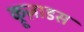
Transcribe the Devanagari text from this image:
क्रूज़ाडस